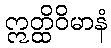
ဣတ္ထိဝိမာနံ